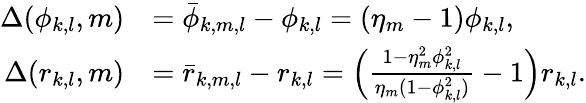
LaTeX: \begin{array}{rl}{\Delta(\phi_{k,l},m)}&{=\bar{\phi}_{k,m,l}-\phi_{k,l}=(\eta_{m}-1)\phi_{k,l},}\\ {\Delta(r_{k,l},m)}&{=\bar{r}_{k,m,l}-r_{k,l}=\left(\frac{1-\eta_{m}^{2}\phi_{k,l}^{2}}{\eta_{m}(1-\phi_{k,l}^{2})}-1\right)r_{k,l}.}\end{array}